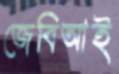
জেবিআই